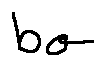
b \sigma